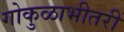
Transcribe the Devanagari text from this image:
गोकुळाभीतरीं